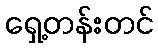
ရှေ့တန်းတင်